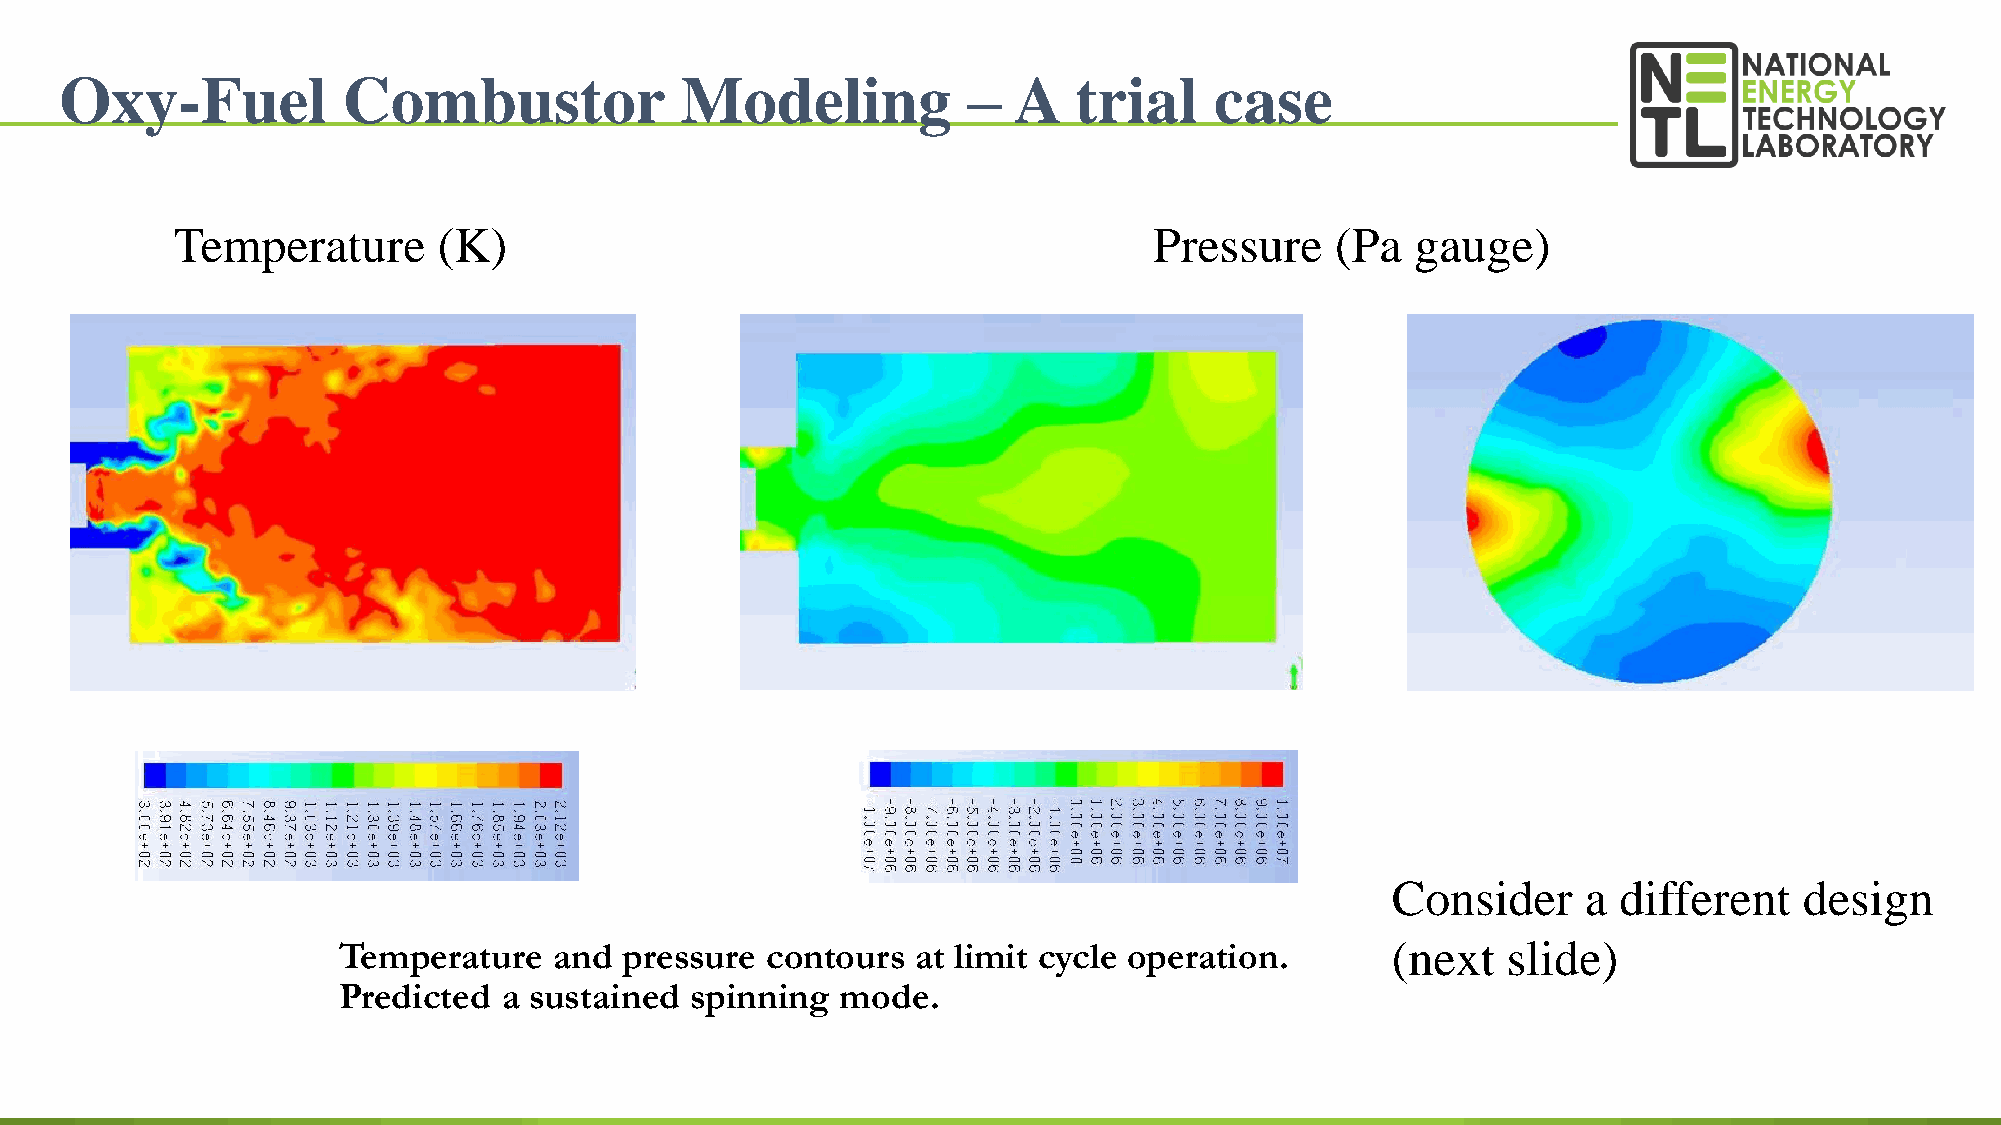
Oxy-Fuel           Combustor             Modeling           –  A   trial    case
 Temperature       (K)                                            Pressure    (Pa   gauge)
 Consider     a different   design
 Temperature    and pressure  contours  at limit cycle operation.      (next   slide)
 Predicted  a sustained  spinning  mode.
 100